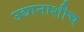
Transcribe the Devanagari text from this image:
उद्यानाशीच